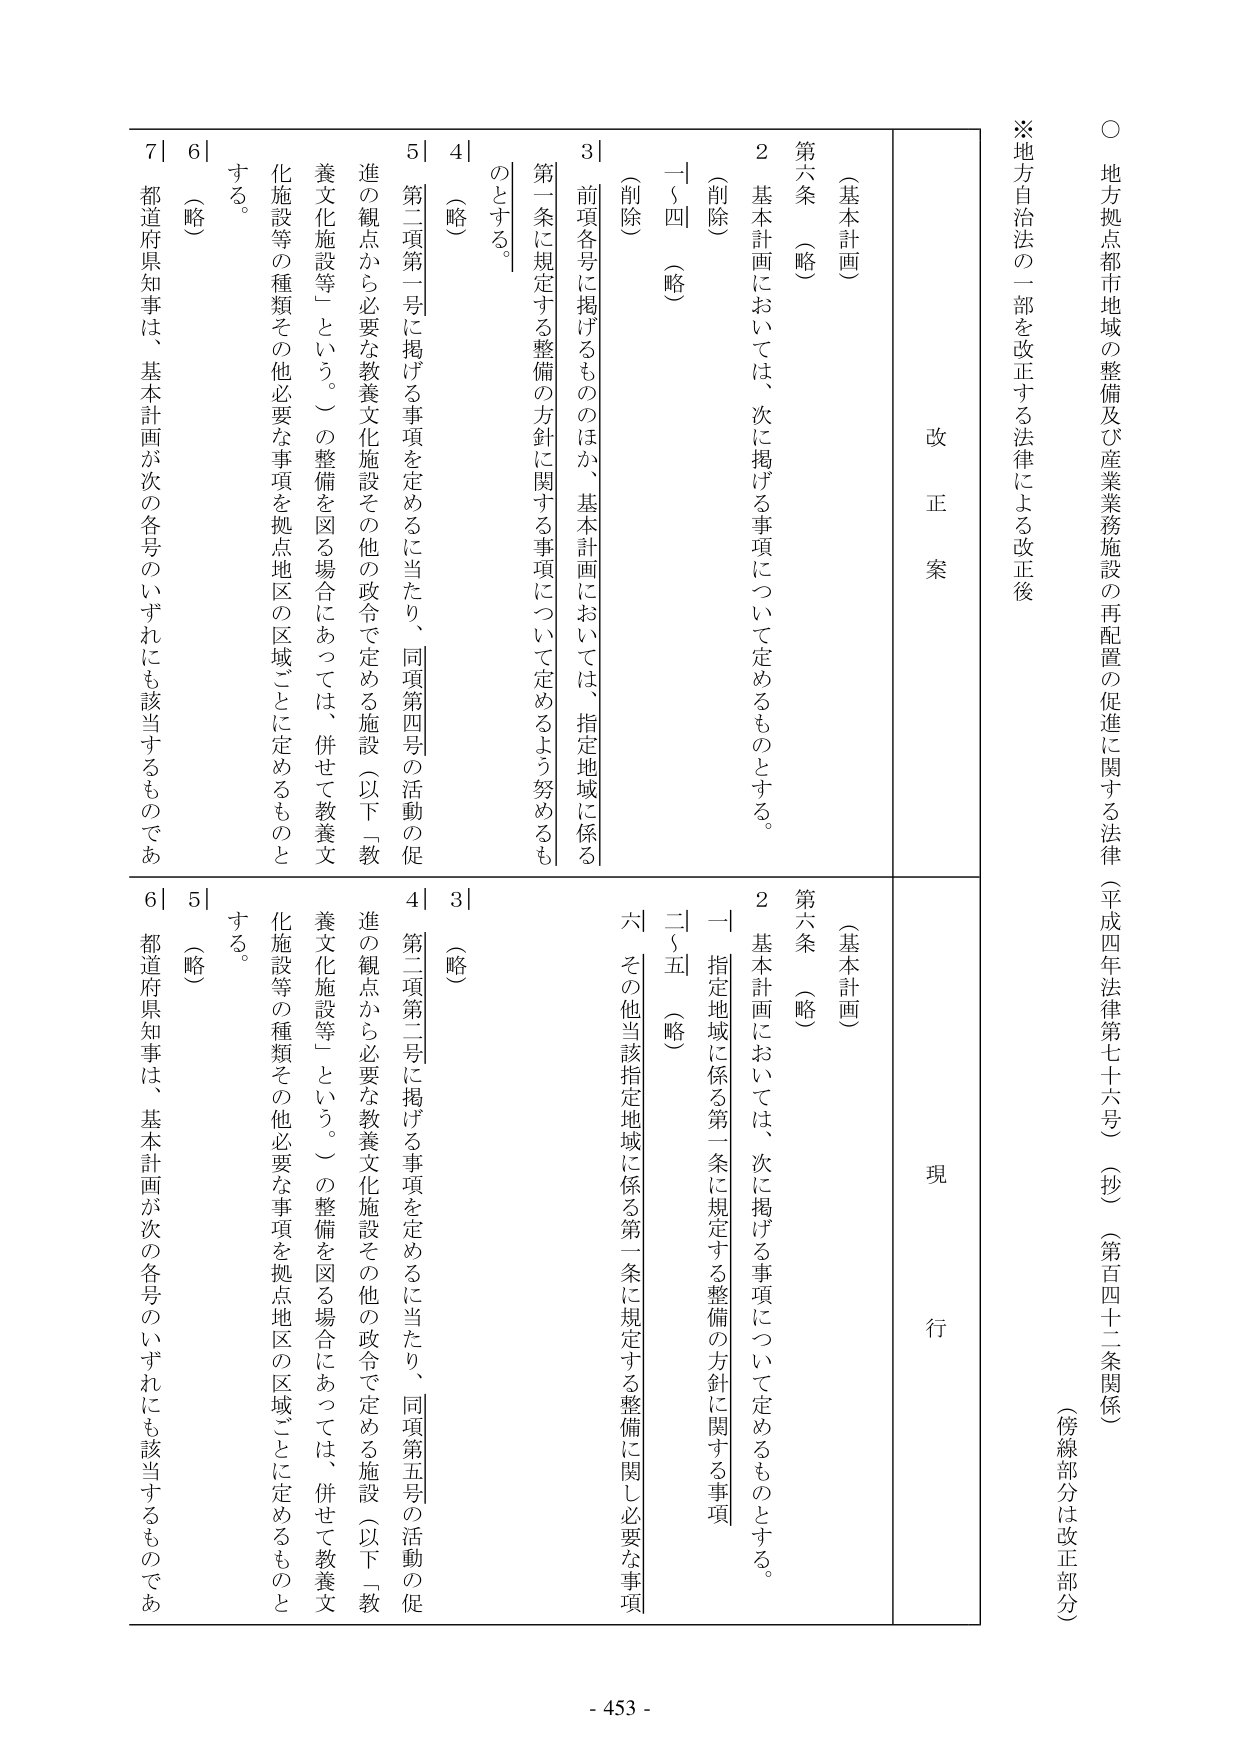
○ 地方拠点都市地域の整備及び産業業務施設の再配置の促進に関する法律（平成四年法律第七十六号）（抄）（第百四十二条関係）
（傍線部分は改正部分）

※地方自治法の一部を改正する法律による改正後

改正案
現行

第六条 （基本計画）
（略）
2 基本計画においては、次に掲げる事項について定めるものとする。
（削除）
一～四 （略）
3 前項各号に掲げるもののほか、基本計画においては、指定地域に係る第一条に規定する整備の方針に関する事項について定めるよう努めるものとする。
4 （略）
5 第二項第一号に掲げる事項を定めるに当たり、同項第四号の活動の促進の観点から必要な教養文化施設その他の政令で定める施設（以下「教養文化施設等」という。）の整備を図る場合にあっては、併せて教養文化施設等の種類その他必要な事項を拠点地区の区域ごとに定めるものとする。
6 （略）
7 都道府県知事は、基本計画が次の各号のいずれにも該当するものであ

第六条 （基本計画）
（略）
2 基本計画においては、次に掲げる事項について定めるものとする。
一 指定地域に係る第一条に規定する整備の方針に関する事項
二～五 （略）
六 その他当該指定地域に係る第一条に規定する整備に関し必要な事項
3 （略）
4 第二項第二号に掲げる事項を定めるに当たり、同項第五号の活動の促進の観点から必要な教養文化施設その他の政令で定める施設（以下「教養文化施設等」という。）の整備を図る場合にあっては、併せて教養文化施設等の種類その他必要な事項を拠点地区の区域ごとに定めるものとする。
5 （略）
6 都道府県知事は、基本計画が次の各号のいずれにも該当するものであ

- 453 -